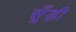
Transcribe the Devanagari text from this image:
सूँड़ी